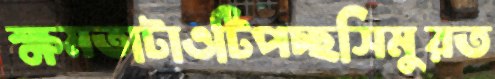
ক্ষমতাটাওটিপচ্ছসিমুরত